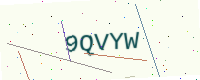
Text: 9QVYW